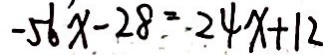
- 5 6 x - 2 8 = 2 4 x + 1 2